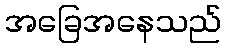
အခြေအနေသည်